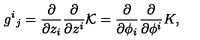
g ^ { i } { } _ { j } = \frac { \partial } { \partial z _ { i } } \frac { \partial } { \partial z ^ { i } } { \cal K } = \frac { \partial } { \partial \phi _ { i } } \frac { \partial } { \partial \phi ^ { i } } K ,